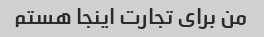
من برای تجارت اینجا هستم